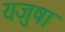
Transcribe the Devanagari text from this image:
यजुषा